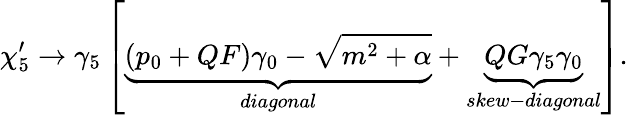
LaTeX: \chi_{5}^{\prime}\rightarrow\gamma_{5}\left[\underbrace{(p_{0}+QF)\gamma_{0}-\sqrt{m^{2}+\alpha}}_{diagonal}+\underbrace{QG\gamma_{5}\gamma_{0}}_{skew-diagonal}\right].